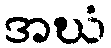
အဃံ